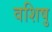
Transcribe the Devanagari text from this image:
वशिषु